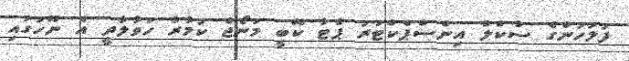
ފުލުހުންގެ ސާކްލް އިންސްޕެކްޓަރު ޕެޓާ ކޭބީ މަނޯޖް ކުމާރާ ހަވާލާދީ އެ ނޫހުގައި